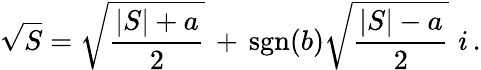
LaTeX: {\sqrt{S}}={\sqrt{\frac{\vert S\vert+a}{2}}}\, +\, \operatorname{sgn}(b){\sqrt{\frac{\vert S\vert-a}{2}}}\, \, i\, .